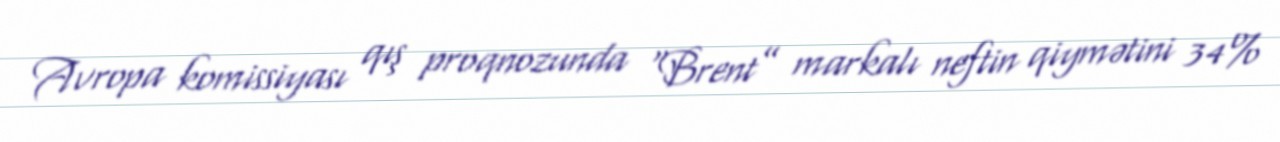
Avropa komissiyası qış proqnozunda “Brent” markalı neftin qiymətini 34%